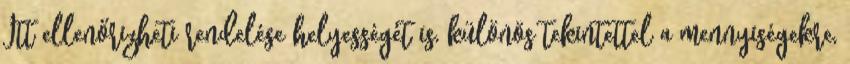
Itt ellenőrizheti rendelése helyességét is, különös tekintettel a mennyiségekre,